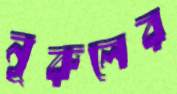
নূরুলের